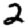
Digit: 2